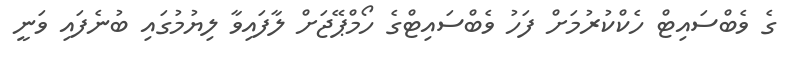
ގެ ވެބްސައިޓް ހެކްކުރުމަށް ފަހު ވެބްސައިޓްގެ ހޯމްޕޭޖަށް ލާފައިވާ ލިޔުމުގައި ބުނެފައި ވަނީ